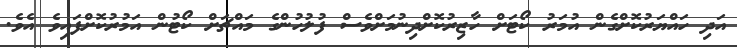
އަދި ހައްޔަރުކޮށްގެން އުމަރު ކޯޓަށް ހާޒިރުކޮށްދިނުމަށްވެސް ފުލުހުންގެ މައްޗަށް ކޯޓުން އަމުރުކޮށްފައިވެ އެވެ.